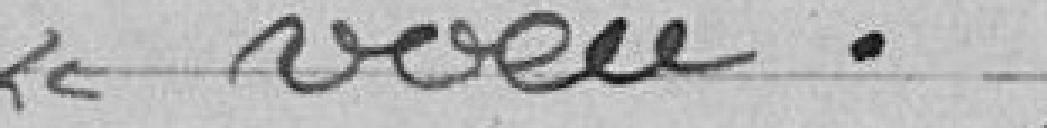
" vœu."